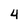
Character: 4